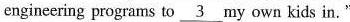
engineering programs to \underline{3} my own kids in."